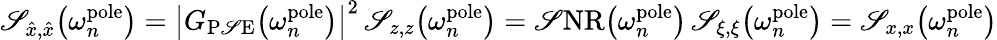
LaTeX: \mathscr{S}_{\hat{{x}},\hat{{x}}}\big(\omega_{n}^{\mathrm{{pole}}}\big)=\bigl|G_{\mathrm{{P\mathscr{S}E}}}\big(\omega_{n}^{\mathrm{{pole}}}\big)\bigr|^{2}\, \mathscr{S}_{z,z}\big(\omega_{n}^{\mathrm{{pole}}}\big)=\mathrm{{\mathscr{S}NR}}\big(\omega_{n}^{\mathrm{{pole}}}\big)\, \mathscr{S}_{\xi,\xi}\big(\omega_{n}^{\mathrm{{pole}}}\big)=\mathscr{S}_{x,x}\big(\omega_{n}^{\mathrm{{pole}}}\big)